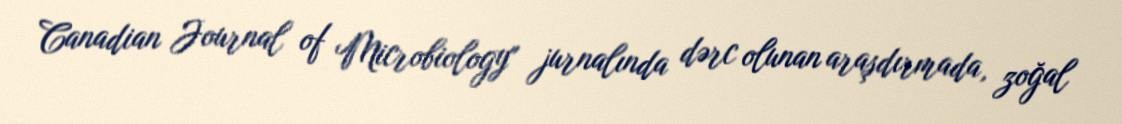
Canadian Journal of Microbiology" jurnalında dərc olunan araşdırmada, zoğal